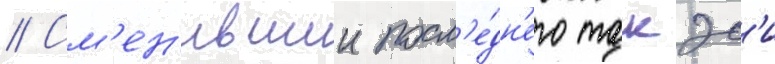
// См'ен'ившии посл'е́дн'его такэс'и